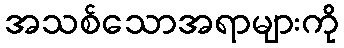
အသစ်သောအရာများကို